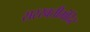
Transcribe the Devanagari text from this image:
सरस्वतीमंदिर